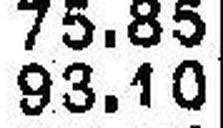
93.10